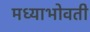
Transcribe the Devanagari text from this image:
मध्याभोवती